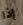
إذا